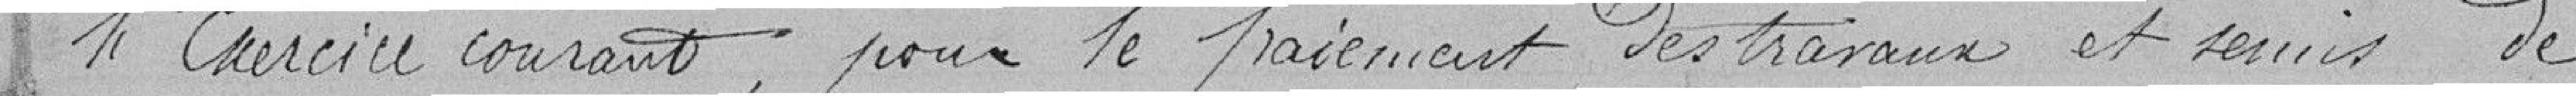
L'exercice courant, pour le paiement des travaux et semis de